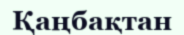
Қаңбақтан